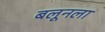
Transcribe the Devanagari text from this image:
बलूनला